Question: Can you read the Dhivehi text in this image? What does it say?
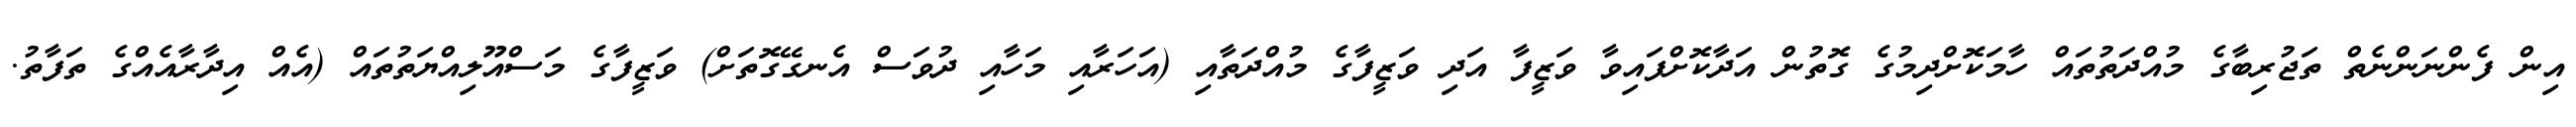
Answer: އިން ފެންނަންނެތް ތަޖުރިބާގެ މުއްދަތުތައް ހާމަކޮށްދިމުގެ ގޮތުން އަދާކޮށްފައިވާ ވަޒީފާ އަދި ވަޒީފާގެ މުއްދަތާއި (އަހަރާއި މަހާއި ދުވަސް އެނގޭގޮތަށް) ވަޒީފާގެ މަސްއޫލިއްޔަތުތައް (އެއް އިދާރާއެއްގެ ތަފާތު.